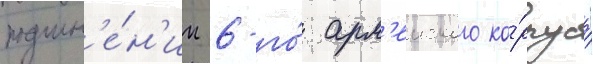
подчин'е́н'ии 6-го́ арм'еиского ко́рпуса